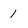
Character: 1